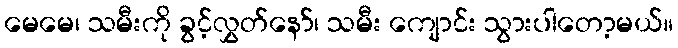
မေမေ၊ သမီးကို ခွင့်လွှတ်နော်၊ သမီး ကျောင်း သွားပါတော့မယ်။